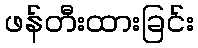
ဖန်တီးထားခြင်း